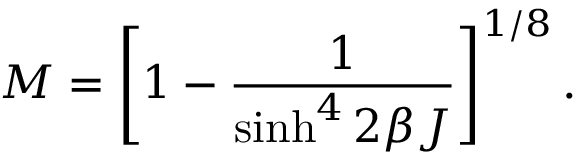
M = \left[ 1 - \frac { 1 } { \sinh ^ { 4 } 2 \beta J } \right] ^ { 1 / 8 } .